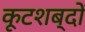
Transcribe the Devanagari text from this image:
कूटशब्दों